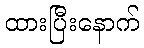
ထားပြီးနောက်